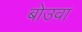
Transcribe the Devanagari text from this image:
बोउवा